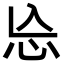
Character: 㤀